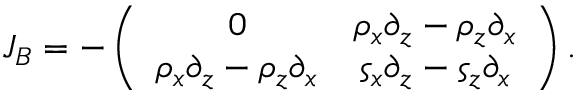
J _ { B } = - \left( \begin{array} { c c } { 0 } & { \rho _ { x } \partial _ { z } - \rho _ { z } \partial _ { x } } \\ { \rho _ { x } \partial _ { z } - \rho _ { z } \partial _ { x } } & { \varsigma _ { x } \partial _ { z } - \varsigma _ { z } \partial _ { x } } \end{array} \right) .